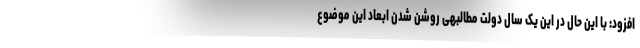
افزود: با این حال در این یک سال دولت مطالبهی روشن شدن ابعاد این موضوع